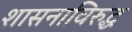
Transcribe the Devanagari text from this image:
शासनाविरुद्ध